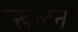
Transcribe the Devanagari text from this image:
स्खलनों